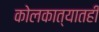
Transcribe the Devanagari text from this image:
कोलकात्यातही